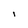
Character: 1